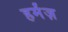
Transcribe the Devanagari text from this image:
हर्मंज़